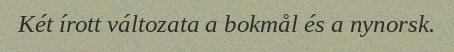
Két írott változata a bokmål és a nynorsk.